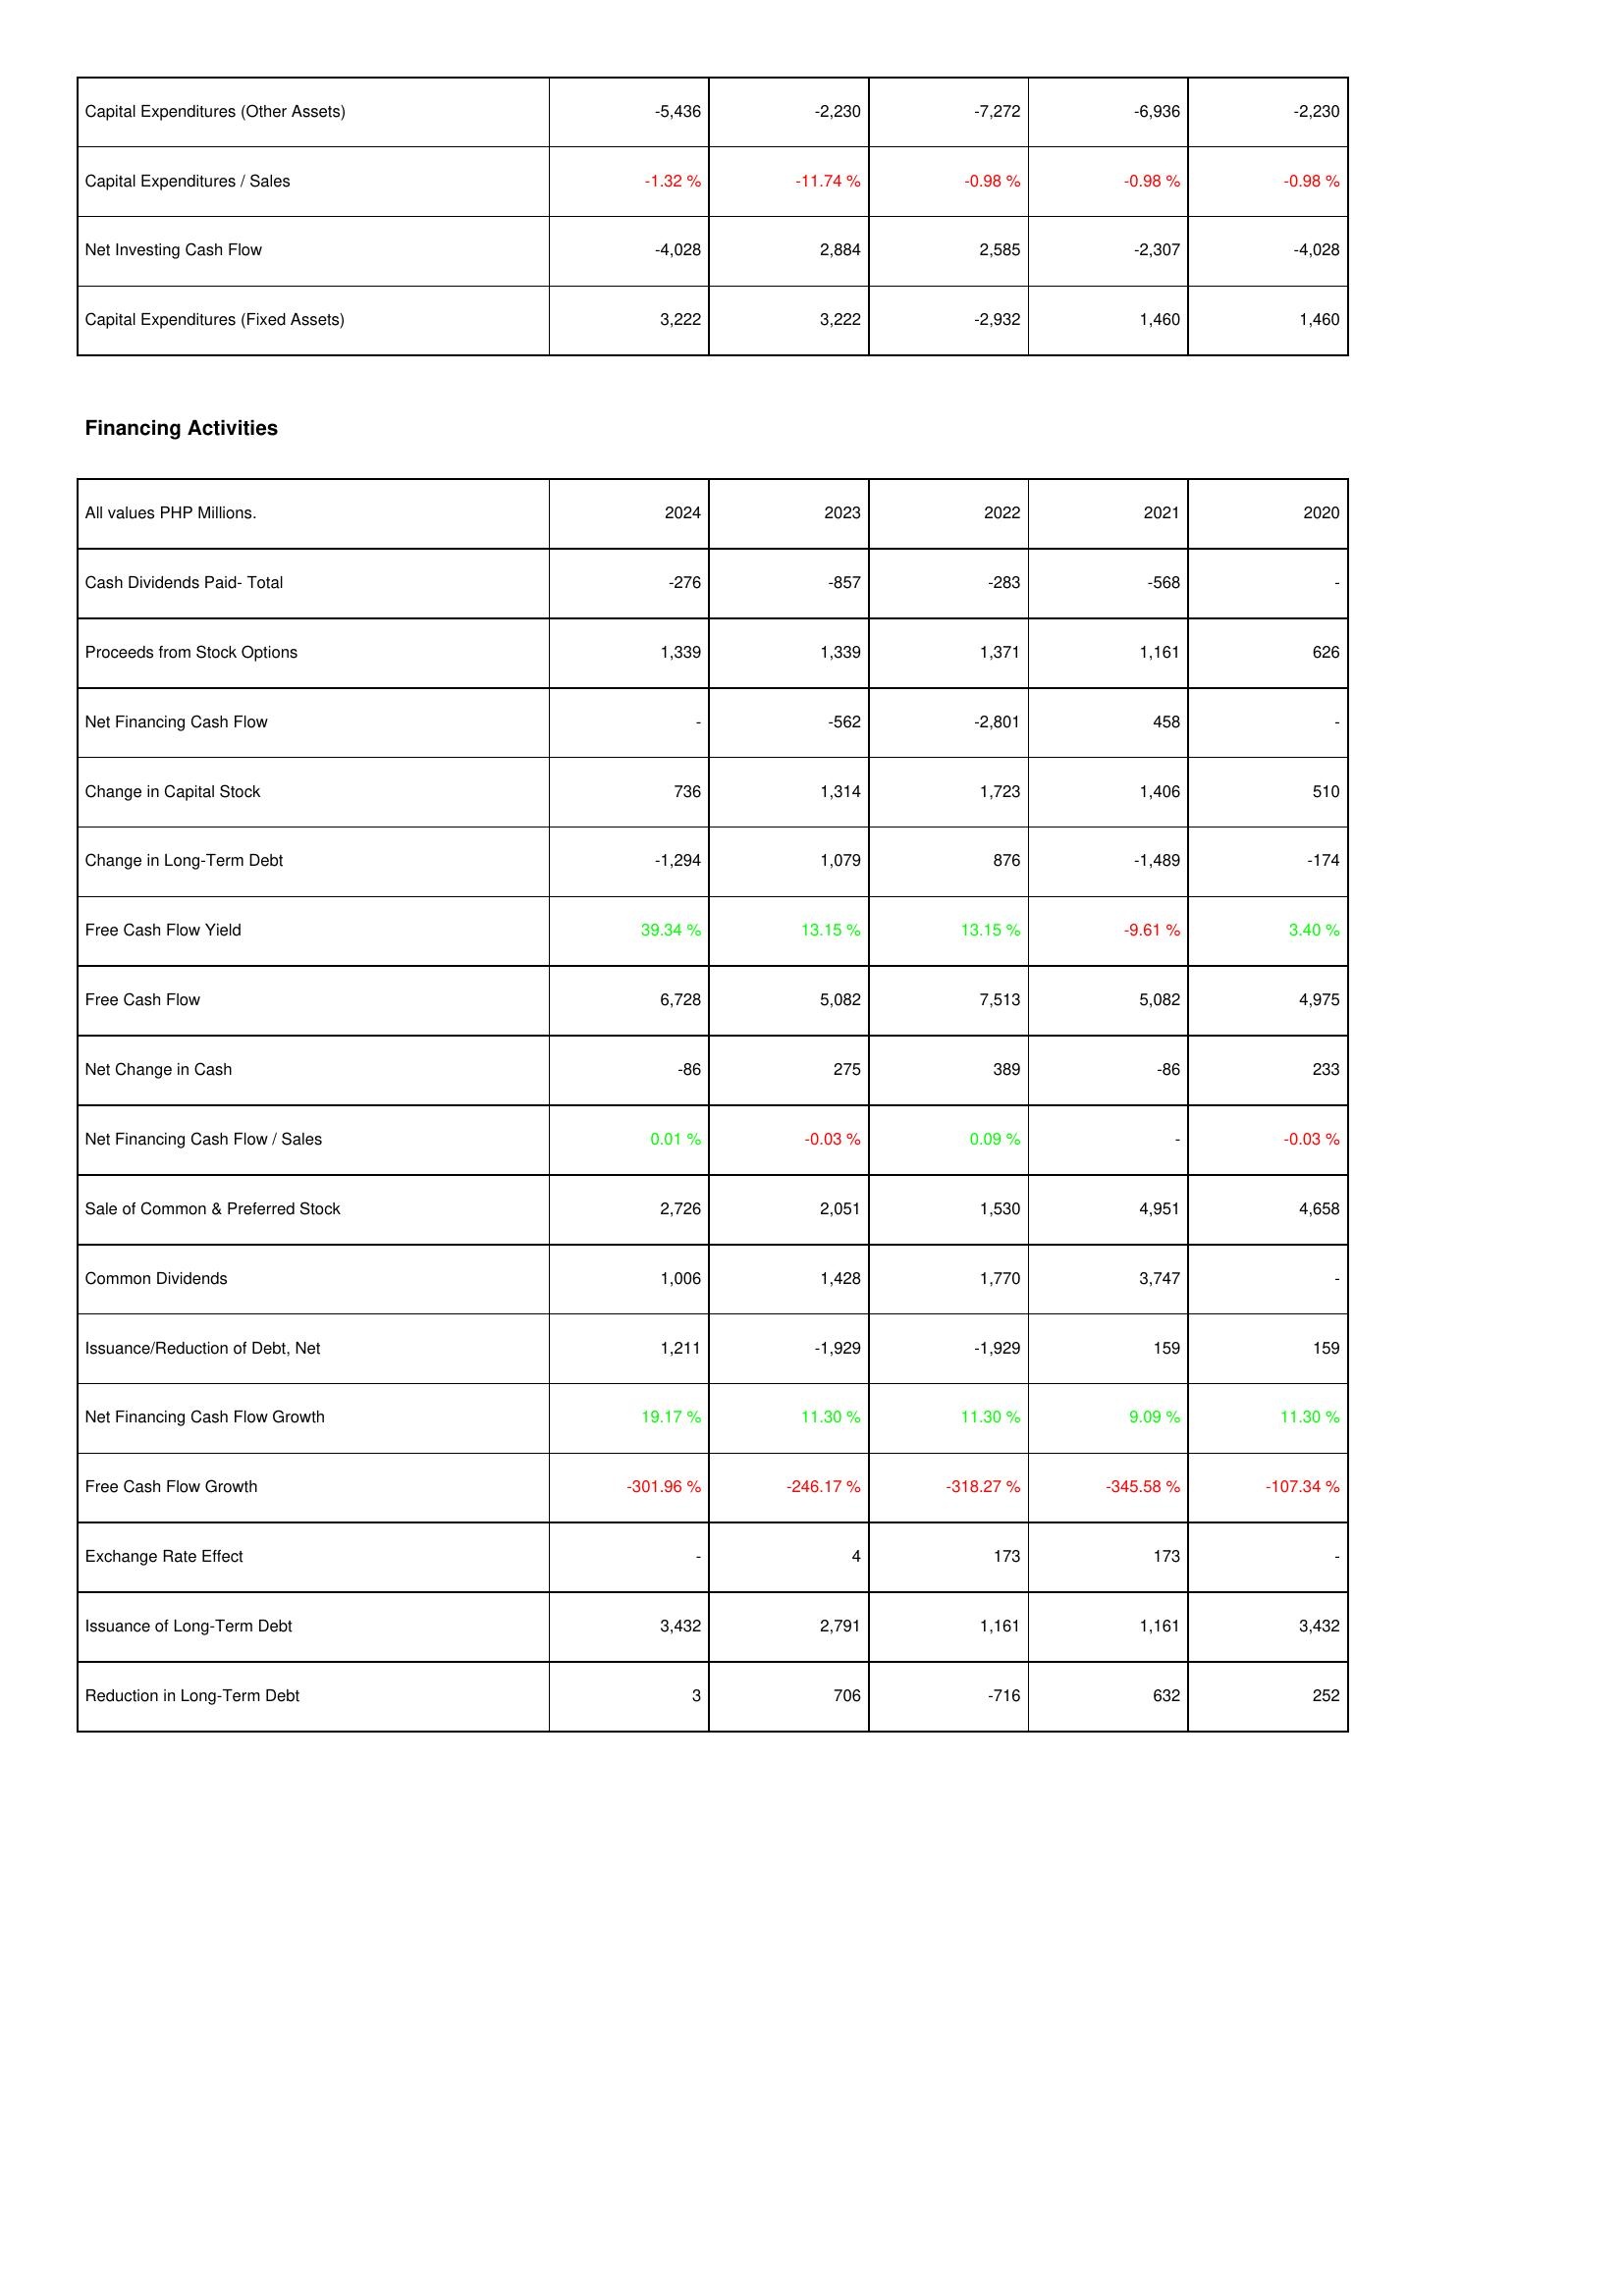
2024: Investing Activities: Capital Expenditures (Other Assets): -5,436
Capital Expenditures / Sales: -1.32 %
Net Investing Cash Flow: -4,028
Capital Expenditures (Fixed Assets): 3,222
Financing Activities: Cash Dividends Paid- Total: -276
Proceeds from Stock Options: 1,339
Net Financing Cash Flow: -
Change in Capital Stock: 736
Change in Long-Term Debt: -1,294
Free Cash Flow Yield: 39.34 %
Free Cash Flow: 6,728
Net Change in Cash: -86
Net Financing Cash Flow / Sales: 0.01 %
Sale of Common & Preferred Stock: 2,726
Common Dividends: 1,006
Issuance/Reduction of Debt, Net: 1,211
Net Financing Cash Flow Growth: 19.17 %
Free Cash Flow Growth: -301.96 %
Exchange Rate Effect: -
Issuance of Long-Term Debt: 3,432
Reduction in Long-Term Debt: 3
2023: Investing Activities: Capital Expenditures (Other Assets): -2,230
Capital Expenditures / Sales: -11.74 %
Net Investing Cash Flow: 2,884
Capital Expenditures (Fixed Assets): 3,222
Financing Activities: Cash Dividends Paid- Total: -857
Proceeds from Stock Options: 1,339
Net Financing Cash Flow: -562
Change in Capital Stock: 1,314
Change in Long-Term Debt: 1,079
Free Cash Flow Yield: 13.15 %
Free Cash Flow: 5,082
Net Change in Cash: 275
Net Financing Cash Flow / Sales: -0.03 %
Sale of Common & Preferred Stock: 2,051
Common Dividends: 1,428
Issuance/Reduction of Debt, Net: -1,929
Net Financing Cash Flow Growth: 11.30 %
Free Cash Flow Growth: -246.17 %
Exchange Rate Effect: 4
Issuance of Long-Term Debt: 2,791
Reduction in Long-Term Debt: 706
2022: Investing Activities: Capital Expenditures (Other Assets): -7,272
Capital Expenditures / Sales: -0.98 %
Net Investing Cash Flow: 2,585
Capital Expenditures (Fixed Assets): -2,932
Financing Activities: Cash Dividends Paid- Total: -283
Proceeds from Stock Options: 1,371
Net Financing Cash Flow: -2,801
Change in Capital Stock: 1,723
Change in Long-Term Debt: 876
Free Cash Flow Yield: 13.15 %
Free Cash Flow: 7,513
Net Change in Cash: 389
Net Financing Cash Flow / Sales: 0.09 %
Sale of Common & Preferred Stock: 1,530
Common Dividends: 1,770
Issuance/Reduction of Debt, Net: -1,929
Net Financing Cash Flow Growth: 11.30 %
Free Cash Flow Growth: -318.27 %
Exchange Rate Effect: 173
Issuance of Long-Term Debt: 1,161
Reduction in Long-Term Debt: -716
2021: Investing Activities: Capital Expenditures (Other Assets): -6,936
Capital Expenditures / Sales: -0.98 %
Net Investing Cash Flow: -2,307
Capital Expenditures (Fixed Assets): 1,460
Financing Activities: Cash Dividends Paid- Total: -568
Proceeds from Stock Options: 1,161
Net Financing Cash Flow: 458
Change in Capital Stock: 1,406
Change in Long-Term Debt: -1,489
Free Cash Flow Yield: -9.61 %
Free Cash Flow: 5,082
Net Change in Cash: -86
Net Financing Cash Flow / Sales: -
Sale of Common & Preferred Stock: 4,951
Common Dividends: 3,747
Issuance/Reduction of Debt, Net: 159
Net Financing Cash Flow Growth: 9.09 %
Free Cash Flow Growth: -345.58 %
Exchange Rate Effect: 173
Issuance of Long-Term Debt: 1,161
Reduction in Long-Term Debt: 632
2020: Investing Activities: Capital Expenditures (Other Assets): -2,230
Capital Expenditures / Sales: -0.98 %
Net Investing Cash Flow: -4,028
Capital Expenditures (Fixed Assets): 1,460
Financing Activities: Cash Dividends Paid- Total: -
Proceeds from Stock Options: 626
Net Financing Cash Flow: -
Change in Capital Stock: 510
Change in Long-Term Debt: -174
Free Cash Flow Yield: 3.40 %
Free Cash Flow: 4,975
Net Change in Cash: 233
Net Financing Cash Flow / Sales: -0.03 %
Sale of Common & Preferred Stock: 4,658
Common Dividends: -
Issuance/Reduction of Debt, Net: 159
Net Financing Cash Flow Growth: 11.30 %
Free Cash Flow Growth: -107.34 %
Exchange Rate Effect: -
Issuance of Long-Term Debt: 3,432
Reduction in Long-Term Debt: 252